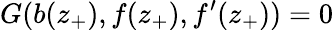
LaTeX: G(b(z_{+}),f(z_{+}),f^{\prime}(z_{+}))=0